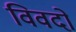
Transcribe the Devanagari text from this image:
विवदो